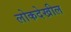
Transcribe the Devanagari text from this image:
लोकदेखील